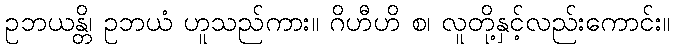
ဥဘယန္တိ၊ ဥဘယံ ဟူသည်ကား။ ဂိဟီဟိ စ၊ လူတို့နှင့်လည်းကောင်း။